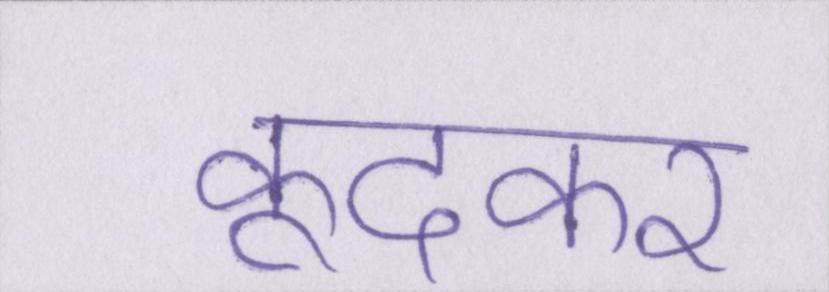
कूदकर